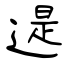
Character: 遈